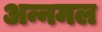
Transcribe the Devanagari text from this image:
अन्नमल